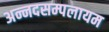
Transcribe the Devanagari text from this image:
अन्नदसम्पलायम